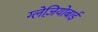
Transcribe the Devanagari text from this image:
ग्लेज़ियोबाई